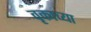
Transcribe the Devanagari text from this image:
वृकाच्या